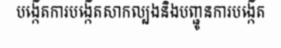
បង្កើតការបង្កើតសាកល្បងនិងបញ្ជូនការបង្កើត